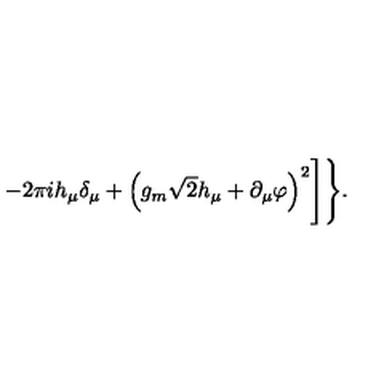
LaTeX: - 2 \pi i h _ { \mu } \delta _ { \mu } + \left( g _ { m } \sqrt { 2 } h _ { \mu } + \partial _ { \mu } \varphi \right) ^ { 2 } \Biggr ] \Biggr \} .